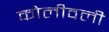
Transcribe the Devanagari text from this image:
कोलीवली